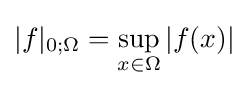
|f|_{0;\Omega }=\sup _{x\in \Omega }|f(x)|